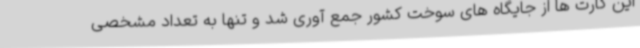
این کارت ها از جایگاه های سوخت کشور جمع آوری شد و تنها به تعداد مشخصی